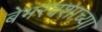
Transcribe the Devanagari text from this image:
बेभरवशाच्या